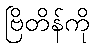
ဗြိတိန်ကို